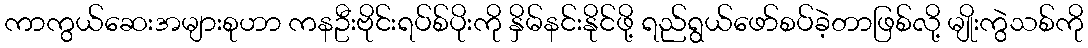
ကာကွယ်ဆေးအများစုဟာ ကနဦးဗိုင်းရပ်စ်ပိုးကို နှိမ်နင်းနိုင်ဖို့ ရည်ရွယ်ဖော်စပ်ခဲ့တာဖြစ်လို့ မျိုးကွဲသစ်ကို